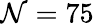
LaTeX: \mathcal{N}=75